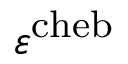
\varepsilon ^ { \mathrm { c h e b } }